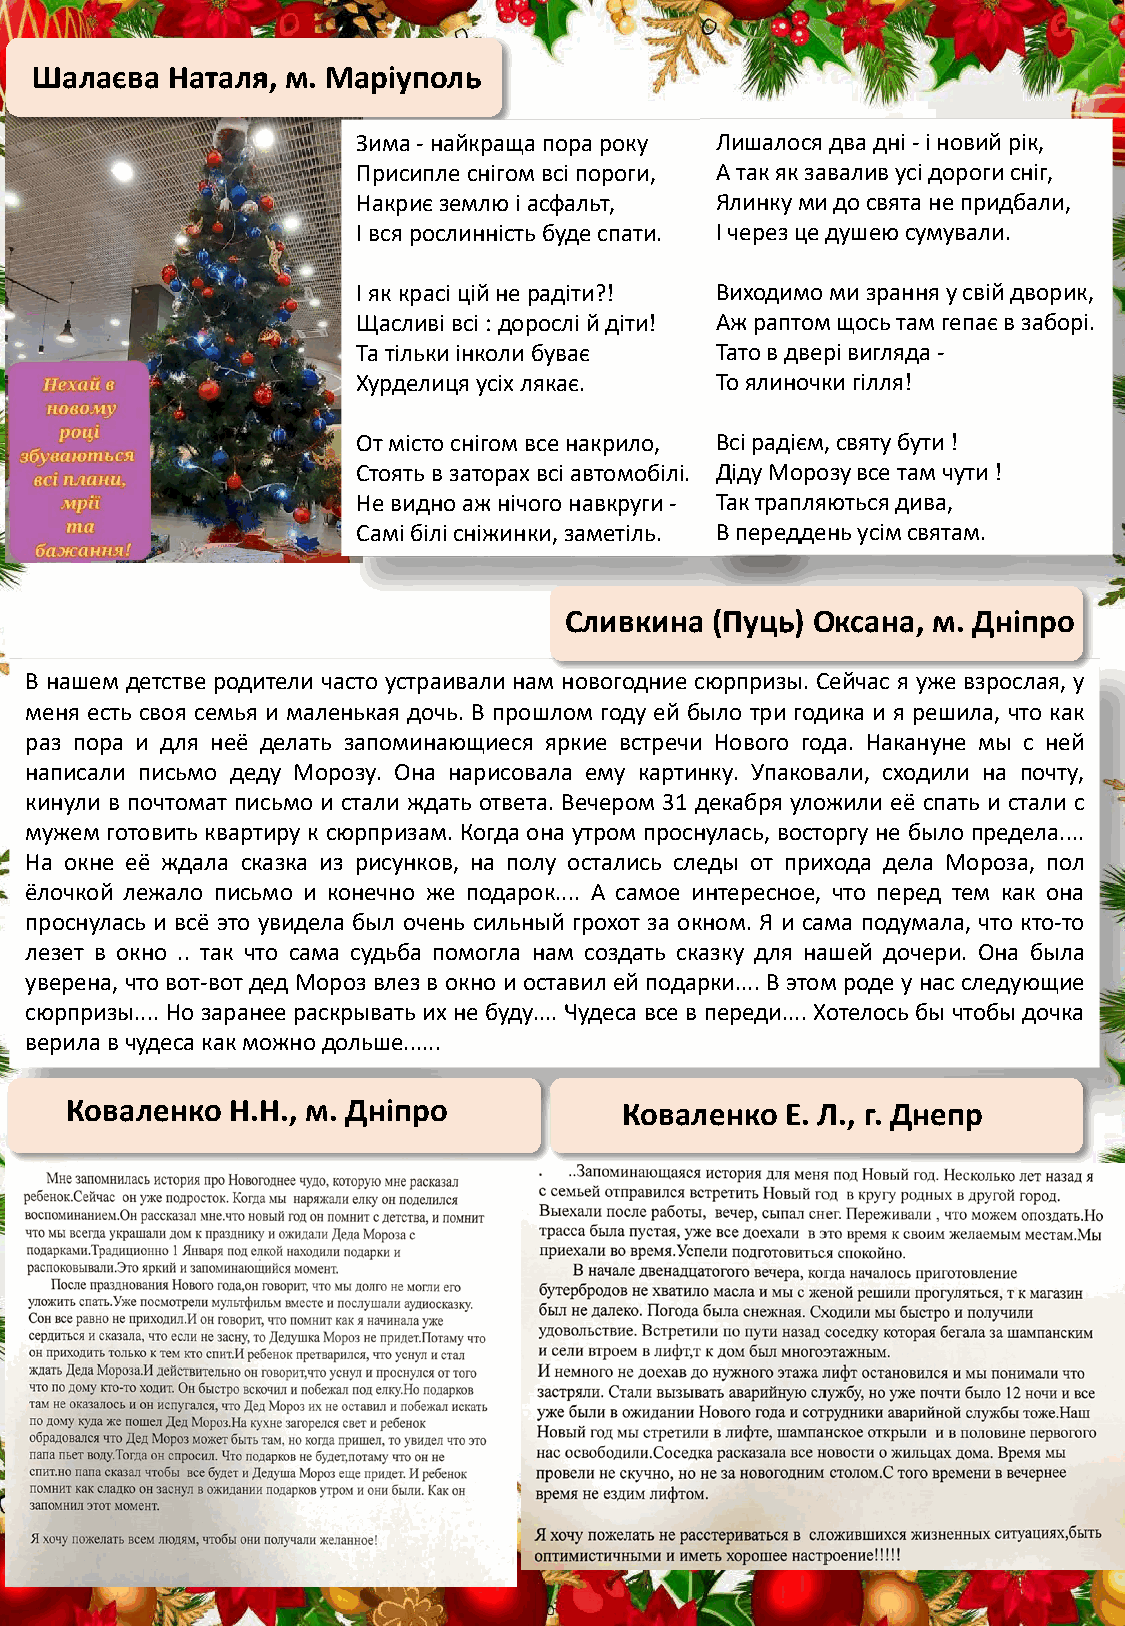
Шалаєва  Наталя, м. Маріуполь
 Зима -найкращапора року Лишалосядва дні-і новийрік,
 Присиплеснігомвсіпороги, А так як завалив усідороги сніг,
 Накриєземлю і асфальт, Ялинкуми до свята не придбали,
 І вся рослинністьбуде спати. І через цедушеюсумували.
 І як красіційне радіти?! Виходимо ми зранняу свійдворик,
 Щасливівсі: дорослій діти! Аж раптомщосьтам гепаєв заборі.
 Та тількиінколибуває   Татов дверівигляда-
 Хурделицяусіхлякає.    То ялиночкигілля!
 От містоснігомвсе накрило, Всірадієм, святубути !
 Стоять в заторах всіавтомобілі. ДідуМорозу все там чути!
 Не видно аж нічогонавкруги- Так трапляютьсядива,
 Самібілісніжинки, заметіль. В передденьусімсвятам.
 Сливкина  (Пуць) Оксана, м. Дніпро
 В нашем детстве родители часто устраивали нам новогодние сюрпризы. Сейчас я уже взрослая, у
 меня есть своя семья и маленькая дочь. В прошлом году ей было три годика и я решила, что как
 раз пора и для неё делать запоминающиеся яркие встречи Нового года. Накануне мы с ней
 написали письмо деду Морозу. Она нарисовала ему картинку. Упаковали, сходили на почту,
 кинули в почтомат письмо и стали ждать ответа. Вечером 31 декабря уложили её спать и стали с
 мужем готовить квартиру к сюрпризам. Когда она утром проснулась, восторгу не было предела....
 На окне её ждала сказка из рисунков, на полу остались следы от прихода дела Мороза, пол
 ёлочкой лежало письмо и конечно же подарок.... А самое интересное, что перед тем как она
 проснулась и всё это увидела был очень сильный грохот за окном. Я и сама подумала, что кто-то
 лезет в окно .. так что сама судьба помогла нам создать сказку для нашей дочери. Она была
 уверена, что вот-вот дед Морозвлезв окно и оставилейподарки.... Вэтом роде унас следующие
 сюрпризы.... Но заранее раскрывать их не буду.... Чудеса все в переди.... Хотелось бы чтобы дочка
 верилавчудесакакможнодольше......
 Коваленко  Н.Н., м. Дніпро           Коваленко  Е. Л., г. Днепр